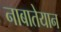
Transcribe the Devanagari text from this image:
नाबातेयान